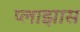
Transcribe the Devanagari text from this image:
प्लाझास